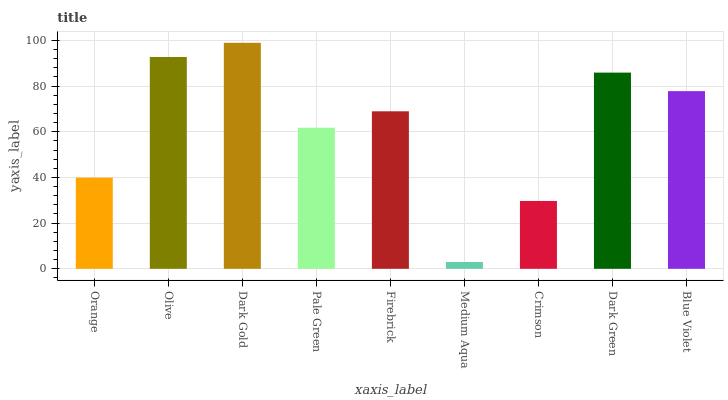
| xaxis_label | bars |
 | --- | --- |
 | Orange | 39.9 |
 | Olive | 92.7 |
 | Dark Gold | 99 |
 | Pale Green | 61.8 |
 | Firebrick | 69 |
 | Medium Aqua | 2.98 |
 | Crimson | 29.7 |
 | Dark Green | 85.9 |
 | Blue Violet | 77.8 |